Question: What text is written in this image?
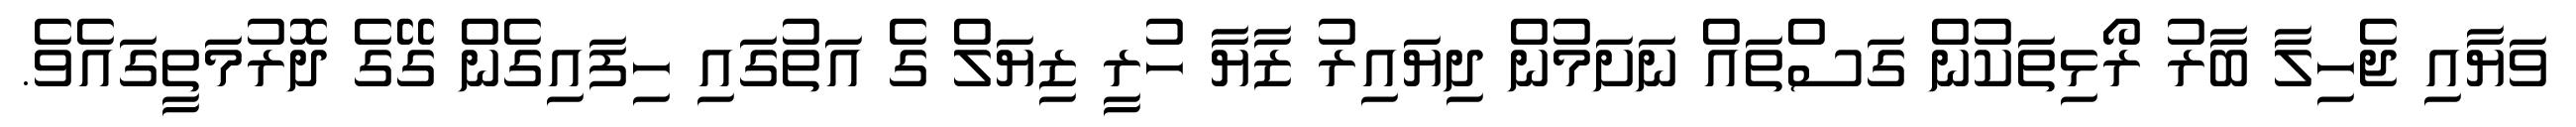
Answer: ވަޔާއި ޖެހިލާ ބާރު ރޯޅިތަކުން ގަސްތައް ނަށަމުން ދިޔައިރު ޒާޔާ ހުރީ ޒިޔަލް ގެ އަތުގައި ހިފައިގެން ގޭގެ ދޮރުމަތީގައެވެ.